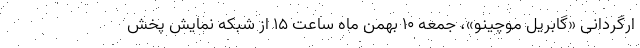
ارگردانی «گابریل موچینو»، جمعه ۱۰ بهمن ماه ساعت ۱۵ از شبکه نمایش پخش